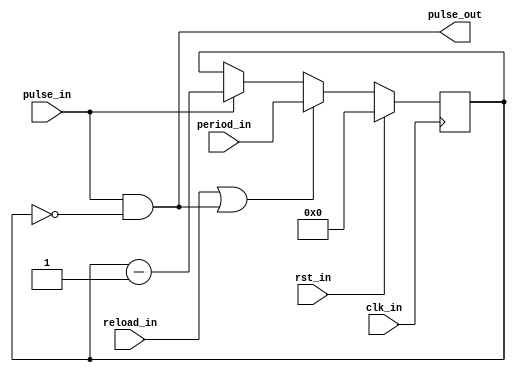
module apu_div
#(
  parameter PERIOD_BITS = 16
)
(
  input                    clk_in,     
  input                    rst_in,     
  input                    pulse_in,   
  input                    reload_in,  
  input  [PERIOD_BITS-1:0] period_in,  
  output                   pulse_out   
);
reg  [PERIOD_BITS-1:0] q_cnt;
wire [PERIOD_BITS-1:0] d_cnt;
always @(posedge clk_in)
  begin
    if (rst_in)
      q_cnt <= 0;
    else
      q_cnt <= d_cnt;
  end
assign d_cnt     = (reload_in || (pulse_in && (q_cnt == 0))) ? period_in    :
                   (pulse_in)                                ? q_cnt - 1'h1 : q_cnt;
assign pulse_out = pulse_in && (q_cnt == 0);
endmodule